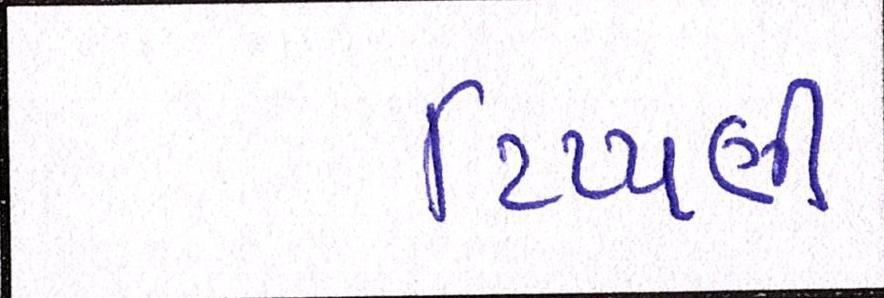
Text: ટિપ્પણી